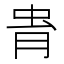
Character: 𧉎